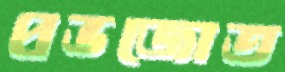
প্রভজোত